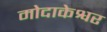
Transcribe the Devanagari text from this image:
मोदाकेश्वर